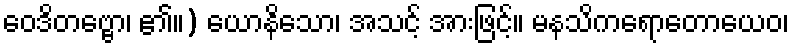
ဝေဒိတဗ္ဗော၊ ၏။) ယောနိသော၊ အသင့် အားဖြင့်။ မနသိကရောတောယေဝ၊